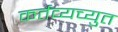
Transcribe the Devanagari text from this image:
कर्तव्यच्युत